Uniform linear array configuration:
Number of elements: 24
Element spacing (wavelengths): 0.75
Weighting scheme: uniform
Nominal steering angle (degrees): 45
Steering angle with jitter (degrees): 44.278
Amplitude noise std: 0.05
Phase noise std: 0.05

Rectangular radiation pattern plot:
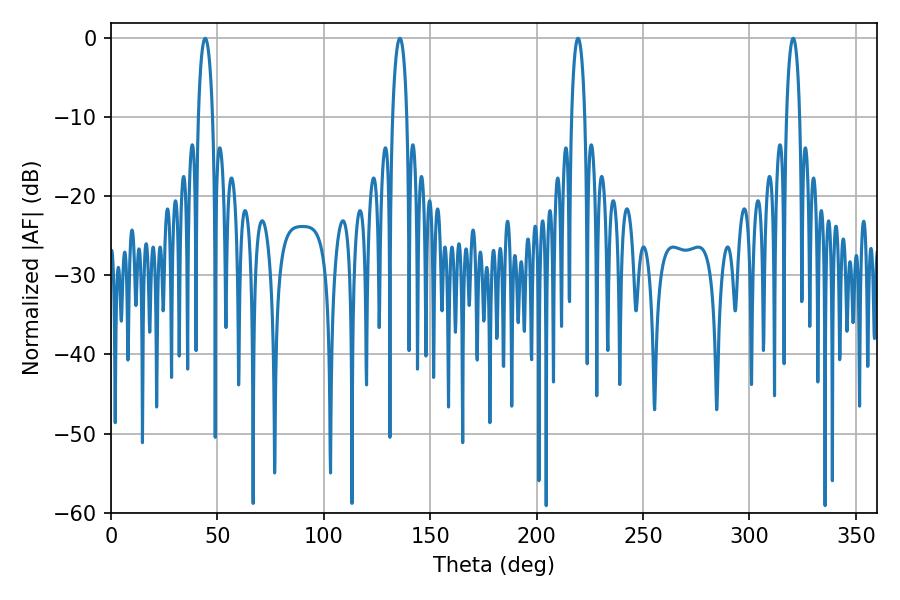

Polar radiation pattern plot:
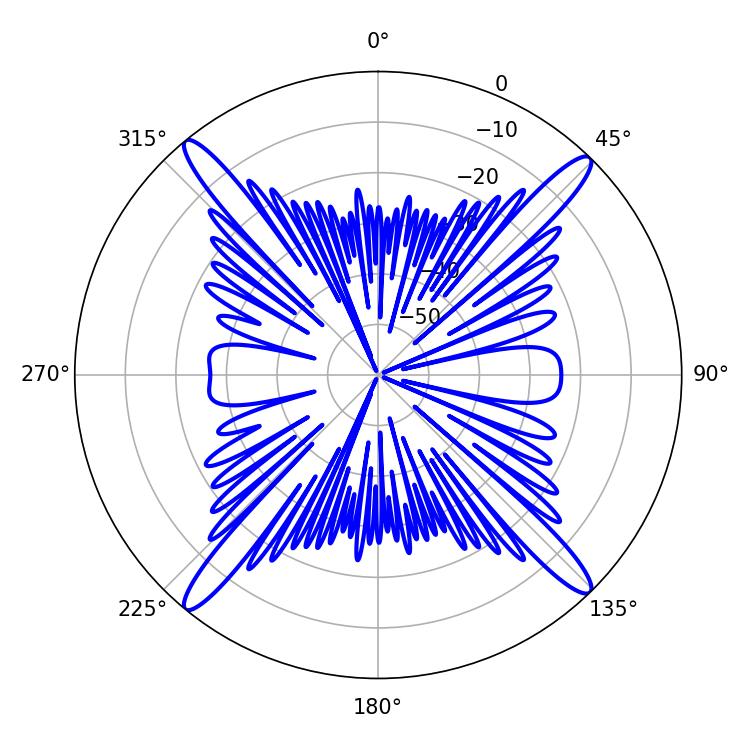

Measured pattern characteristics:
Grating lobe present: TRUE
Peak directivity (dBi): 20.761
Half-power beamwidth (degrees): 3.78
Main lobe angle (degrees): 44.28